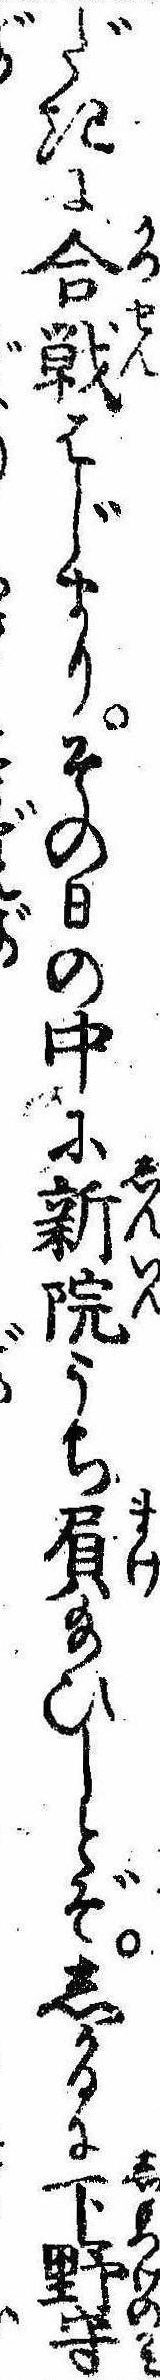
だきに合戦はじまりその日の中に新院うち屓給ひしとぞしかるに下野守